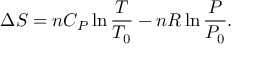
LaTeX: \Delta S = n C _ { P } \ln { \frac { T } { T _ { 0 } } } - n R \ln { \frac { P } { P _ { 0 } } } .